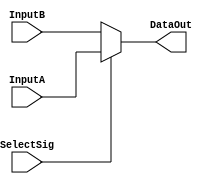
`timescale 1ns / 1ps
//////////////////////////////////////////////////////////////////////////////////
// Company: 
// Engineer: 
// 
// Design Name: 
// Module Name: MUX_2to1_32bits
// Project Name: 
// Target Devices: 
// Tool Versions: 
// Description: 
// 
// Dependencies: 
// 
// Revision:
// Revision 0.01 - File Created
// Additional Comments:
// 
//////////////////////////////////////////////////////////////////////////////////


module MUX_2to1_32bits(
    input SelectSig,
    input[31:0] InputA,
    input[31:0] InputB,
    output[31:0] DataOut
    );    
    assign DataOut = SelectSig ? InputA : InputB;    
endmodule